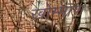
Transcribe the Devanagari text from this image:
खोम्माण